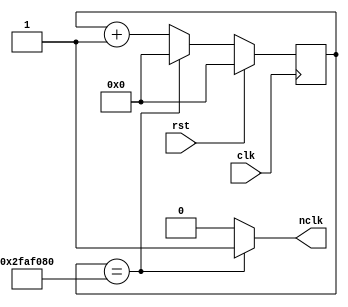
module secclk(
input clk,
input rst,
output reg nclk
);

reg [25:0] count_q,count_d;  // implementing d_flip flop as q=output d=input.      

//Feedback operation of flip flop ouput to increment to flip flop input is assumed
always @(count_q) begin
   if (count_q==26'd50_000_000) begin count_d=26'd0; nclk = 1'b1; end // counts up to 50million pulses = 1sec on 50Mhz and creates a pulse of 1 clock period to output
	else begin count_d=count_q + 1'b1; nclk=1'b0; end  // rest of the time counter is incremented by one and ouput
end

always @(posedge clk) begin
	if (rst) count_q<=26'd0;            //rst clears q output of flip flop
	else	count_q<=count_d;             // proper operation is passing flip flop input to flip flop output @ posedge clock
end





endmodule